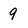
Character: 9